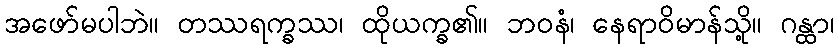
အဖော်မပါဘဲ။ တဿရက္ခဿ၊ ထိုယက္ခ၏။ ဘဝနံ၊ နေရာဝိမာန်သို့။ ဂန္ထာ၊